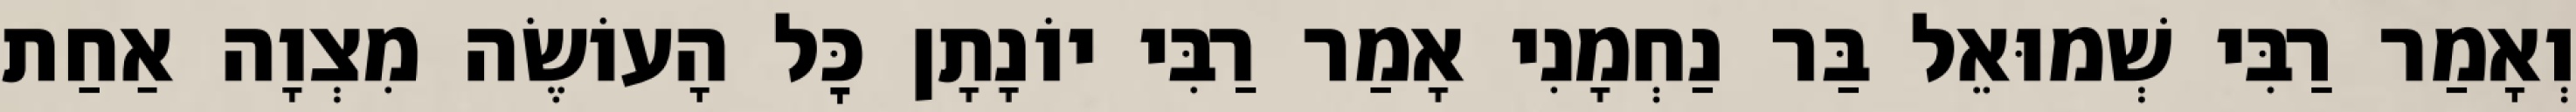
וְאָמַר רַבִּי שְׁמוּאֵל בַּר נַחְמָנִי אָמַר רַבִּי יוֹנָתָן כׇּל הָעוֹשֶׂה מִצְוָה אַחַת